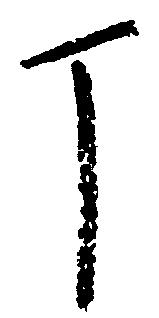
丁